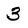
Character: 3